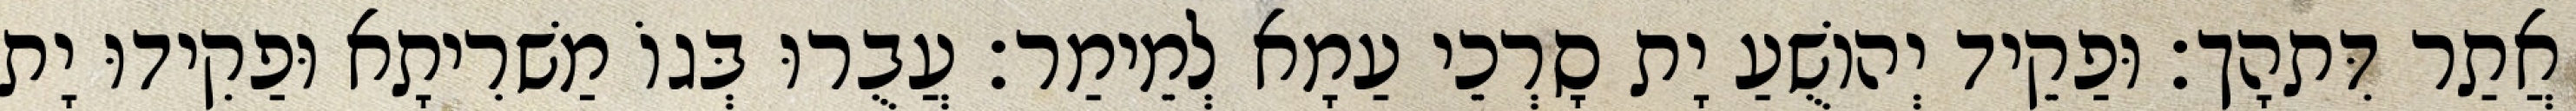
אֲתַר דִּתהָך׃ וּפַקֵיד יְהוֹשֻׁעַ יָת סָרְכֵי עַמָא לְמֵימַר׃ עֲבֻרוּ בְּגוֹ מַשׁרִיתָא וּפַקִידוּ יָת